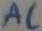
Text: AC